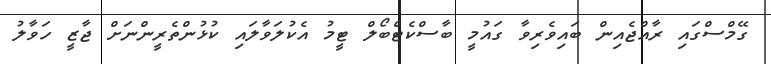
ގޭމްސްގައި ރާއްޖެއިން ބައިވެރިވާ ގައުމީ ބާސްކެޓްބޯލް ޓީމު އެކުލަވާލައި ކުޅުންތެރީންނަށް ޖާޒީ ހަވާލު